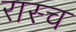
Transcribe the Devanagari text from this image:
रास्च